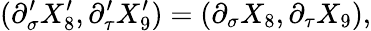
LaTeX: (\partial_{\sigma}^{\prime}X_{8}^{\prime},\partial_{\tau}^{\prime}X_{9}^{\prime})=(\partial_{\sigma}X_{8},\partial_{\tau}X_{9}),